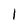
Character: l